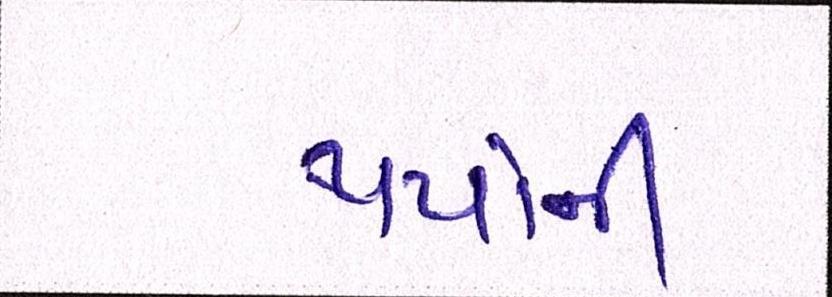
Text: થયાંની